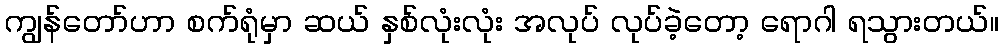
ကျွန်တော်ဟာ စက်ရုံမှာ ဆယ် နှစ်လုံးလုံး အလုပ် လုပ်ခဲ့တော့ ရောဂါ ရသွားတယ်။